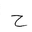
Letter: _ha